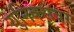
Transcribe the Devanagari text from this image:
युनिक्सवर